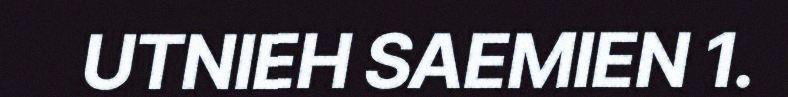
UTNIEH SAEMIEN 1.